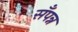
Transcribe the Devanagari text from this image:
सँपन्न